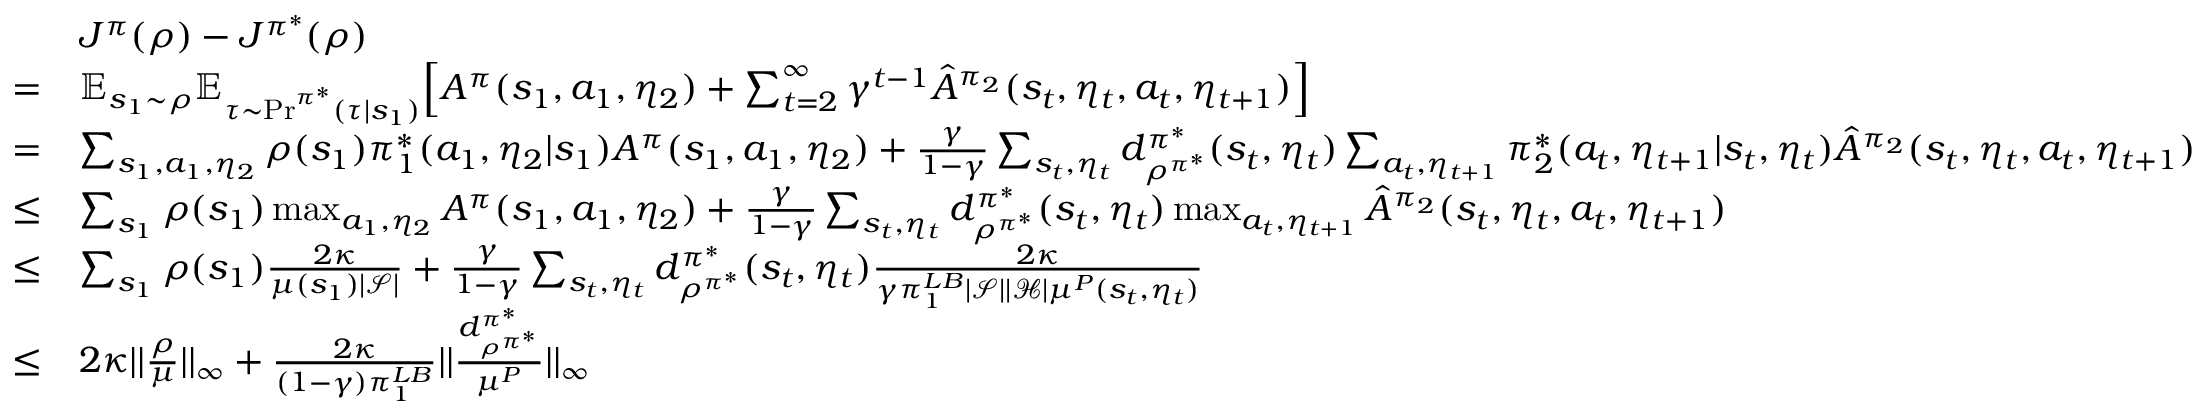
\begin{array} { r l } & { J ^ { \pi } ( \rho ) - J ^ { \pi ^ { * } } ( \rho ) } \\ { = } & { \mathbb { E } _ { s _ { 1 } \sim \rho } \mathbb { E } _ { \tau \sim \mathrm { P r } ^ { \pi ^ { * } } ( \tau | s _ { 1 } ) } \Big [ A ^ { \pi } ( s _ { 1 } , a _ { 1 } , \eta _ { 2 } ) + \sum _ { t = 2 } ^ { \infty } \gamma ^ { t - 1 } \hat { A } ^ { \pi _ { 2 } } ( s _ { t } , \eta _ { t } , a _ { t } , \eta _ { t + 1 } ) \Big ] } \\ { = } & { \sum _ { s _ { 1 } , a _ { 1 } , \eta _ { 2 } } \rho ( s _ { 1 } ) \pi _ { 1 } ^ { * } ( a _ { 1 } , \eta _ { 2 } | s _ { 1 } ) A ^ { \pi } ( s _ { 1 } , a _ { 1 } , \eta _ { 2 } ) + \frac { \gamma } { 1 - \gamma } \sum _ { s _ { t } , \eta _ { t } } d _ { \rho ^ { \pi ^ { * } } } ^ { \pi ^ { * } } ( s _ { t } , \eta _ { t } ) \sum _ { a _ { t } , \eta _ { t + 1 } } \pi _ { 2 } ^ { * } ( a _ { t } , \eta _ { t + 1 } | s _ { t } , \eta _ { t } ) \hat { A } ^ { \pi _ { 2 } } ( s _ { t } , \eta _ { t } , a _ { t } , \eta _ { t + 1 } ) } \\ { \le } & { \sum _ { s _ { 1 } } \rho ( s _ { 1 } ) \operatorname* { m a x } _ { a _ { 1 } , \eta _ { 2 } } A ^ { \pi } ( s _ { 1 } , a _ { 1 } , \eta _ { 2 } ) + \frac { \gamma } { 1 - \gamma } \sum _ { s _ { t } , \eta _ { t } } d _ { \rho ^ { \pi ^ { * } } } ^ { \pi ^ { * } } ( s _ { t } , \eta _ { t } ) \operatorname* { m a x } _ { a _ { t } , \eta _ { t + 1 } } \hat { A } ^ { \pi _ { 2 } } ( s _ { t } , \eta _ { t } , a _ { t } , \eta _ { t + 1 } ) } \\ { \le } & { \sum _ { s _ { 1 } } \rho ( s _ { 1 } ) \frac { 2 \kappa } { \mu ( s _ { 1 } ) | \mathcal { S } | } + \frac { \gamma } { 1 - \gamma } \sum _ { s _ { t } , \eta _ { t } } d _ { \rho ^ { \pi ^ { * } } } ^ { \pi ^ { * } } ( s _ { t } , \eta _ { t } ) \frac { 2 \kappa } { \gamma \pi _ { 1 } ^ { L B } | \mathcal { S } | | \mathcal { H } | \mu ^ { P } ( s _ { t } , \eta _ { t } ) } } \\ { \le } & { 2 \kappa | | \frac { \rho } { \mu } | | _ { \infty } + \frac { 2 \kappa } { ( 1 - \gamma ) \pi _ { 1 } ^ { L B } } | | \frac { d _ { \rho ^ { \pi ^ { * } } } ^ { \pi ^ { * } } } { \mu ^ { P } } | | _ { \infty } } \end{array}